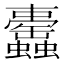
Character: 𧕰